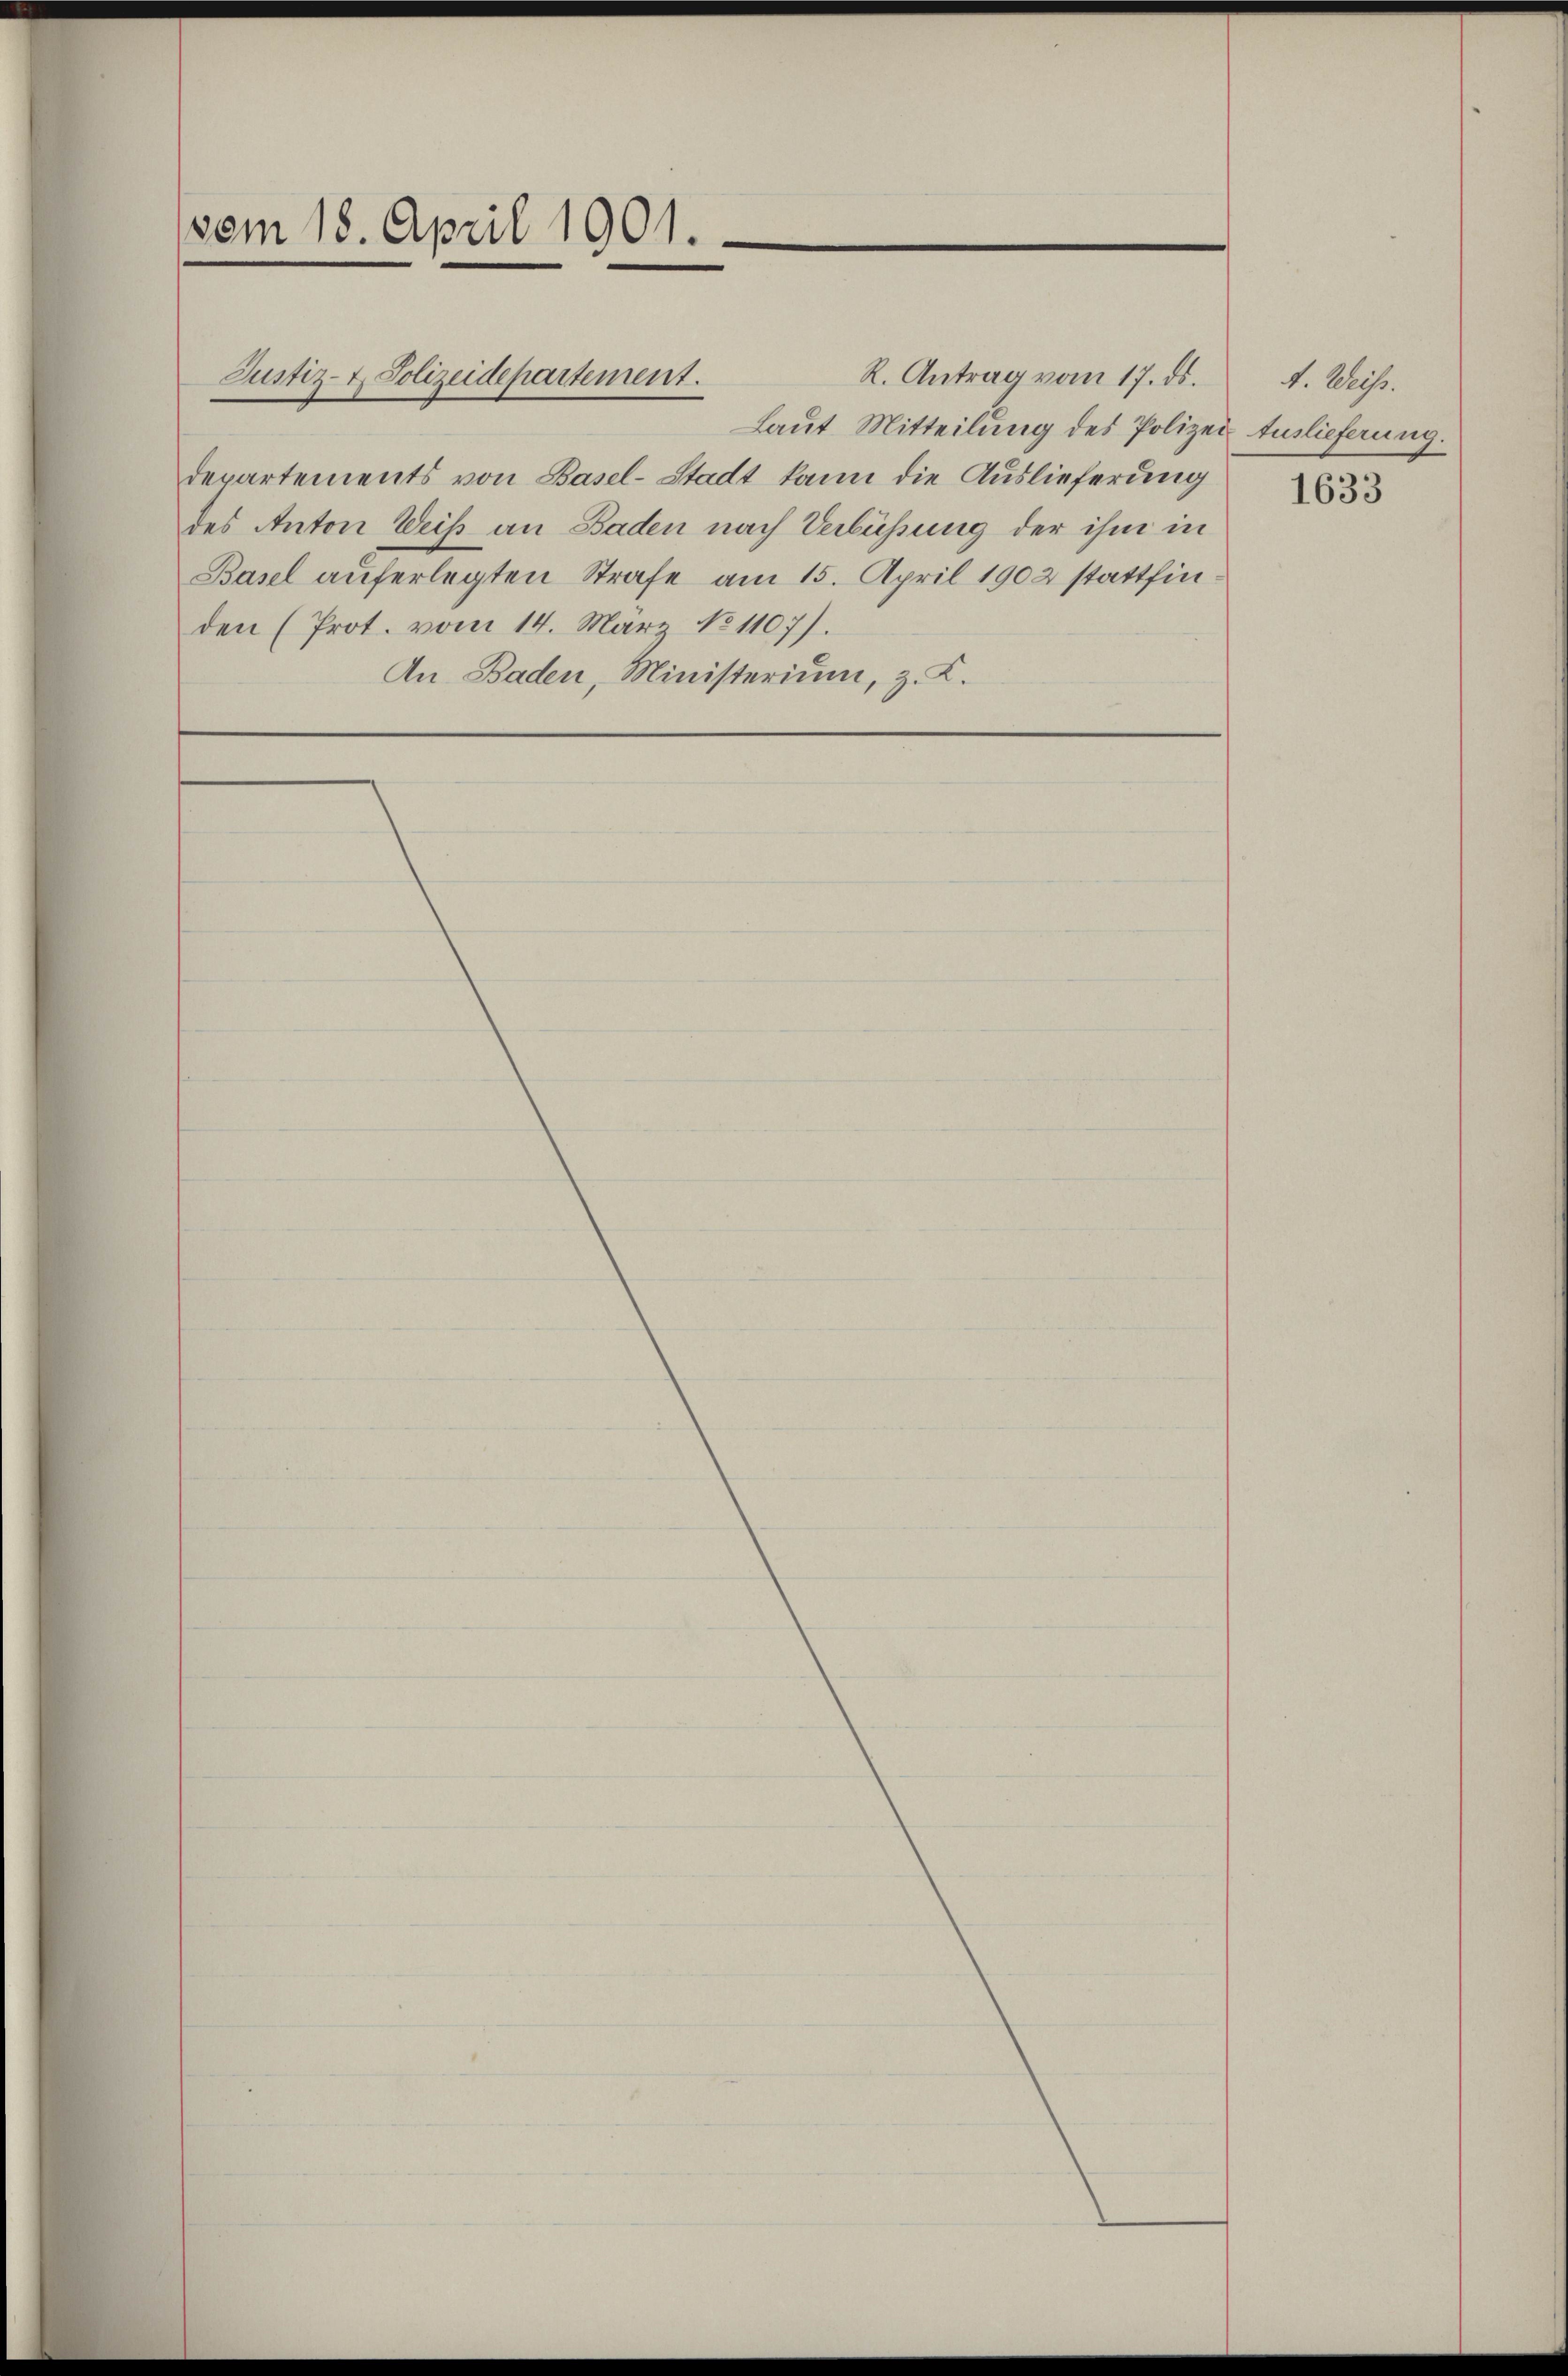
vom 18. April 1901.

Justiz- & Polizeidepartement.

R. Antrag vom 17. ds.
Laut Mitteilung des Polizei Auslieferung.
Departements von Basel-Stadt kann die Auslieferung
des Anton Weiß an Baden nach Verbüssung der ihm in
Basel auferlegten Strafe am 15. April 1902 stattfinden (Prot. vom 14. März No 1107).
An Baden, Ministerium, z. K.

A. Weiß.

1633